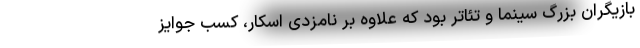
بازیگران بزرگ سینما و تئاتر بود که علاوه بر نامزدی اسکار، کسب جوایز